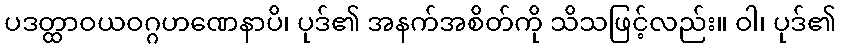
ပဒတ္ထာဝယဝဂ္ဂဟဏေနာပိ၊ ပုဒ်၏ အနက်အစိတ်ကို သိသဖြင့်လည်း။ ဝါ၊ ပုဒ်၏